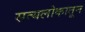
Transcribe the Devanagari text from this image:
सत्यलोकातून